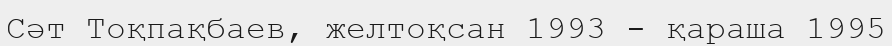
Сәт Тоқпақбаев, желтоқсан 1993 - қараша 1995